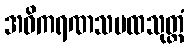
အဓိကရဏသမထသုတ္တံ